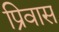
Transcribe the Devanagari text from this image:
प्रिवास